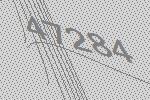
47284